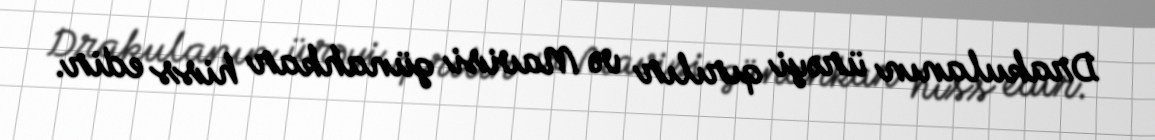
Drakulanın ürəyi qırılır və Mavisi günahkar hiss edir.